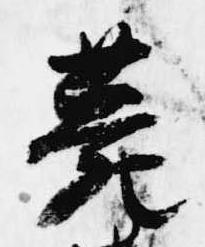
薨